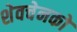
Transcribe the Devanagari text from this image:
शेवचेनको